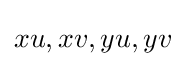
xu,xv,yu,yv